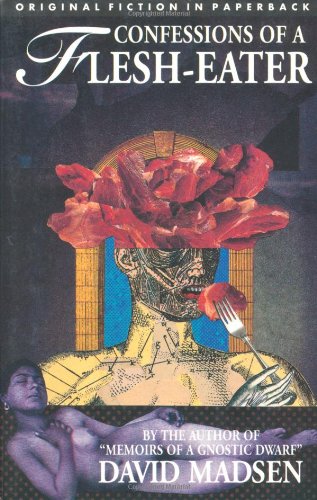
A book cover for Confessions of a Flesh Eaters: Dedalus Original Fiction in Paperback Ser.; David Madsen; Romance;